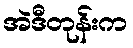
အဲဒီတုန်းက